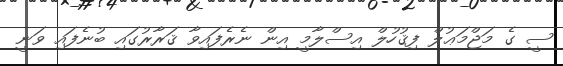
ސީ ގެ މަޖްމަޢުލް ފިޤުހުލް އިސްލާމީ އިން ނެރެފައިވާ ޤަރާރުގައި ބުނެފައި ވަނީ